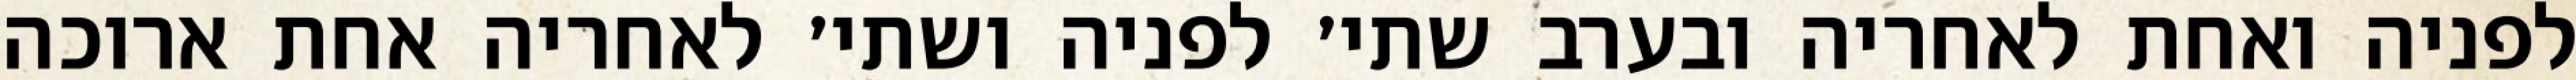
לפניה ואחת לאחריה ובערב שתי׳ לפניה ושתי׳ לאחריה אחת ארוכה